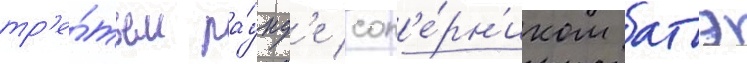
тр'е́тьем ра́унд'е соп'е́рн'иком батэ